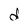
Character: d